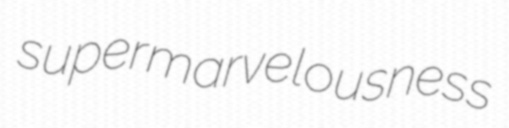
supermarvelousness